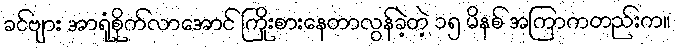
ခင်ဗျား အာရုံစိုက်လာအောင် ကြိုးစားနေတာလွန်ခဲ့တဲ့ ၁၅ မိနစ် အကြာကတည်းက။